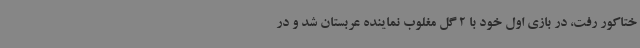
ختاکور رفت، در بازی اول خود با 2 گل مغلوب نماینده عربستان شد و در